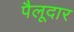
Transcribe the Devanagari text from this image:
पैलूदार